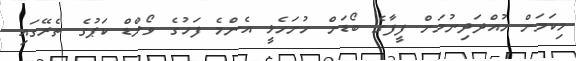
މިކަމަށް ހުއްދަދިނުމަށް ފީފާގެ ބޯޑަށް ހުށަހެޅީ އެންމެ ފަހުގެ ވޯލްޑް ކަޕުގެ ތެރޭގައި